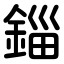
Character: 錙